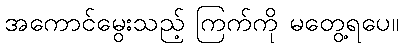
အကောင်မွေးသည့် ကြက်ကို မတွေ့ရပေ။